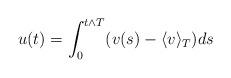
LaTeX: \begin{align*}u(t)=\int_0^{t\wedge T}(v(s)-\langle v\rangle_T)ds\end{align*}